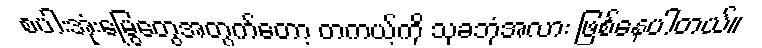
စပါးအုံးမြွေတွေအတွက်တော့ တကယ့်ကို သုခဘုံအလား ဖြစ်နေပါတယ်။